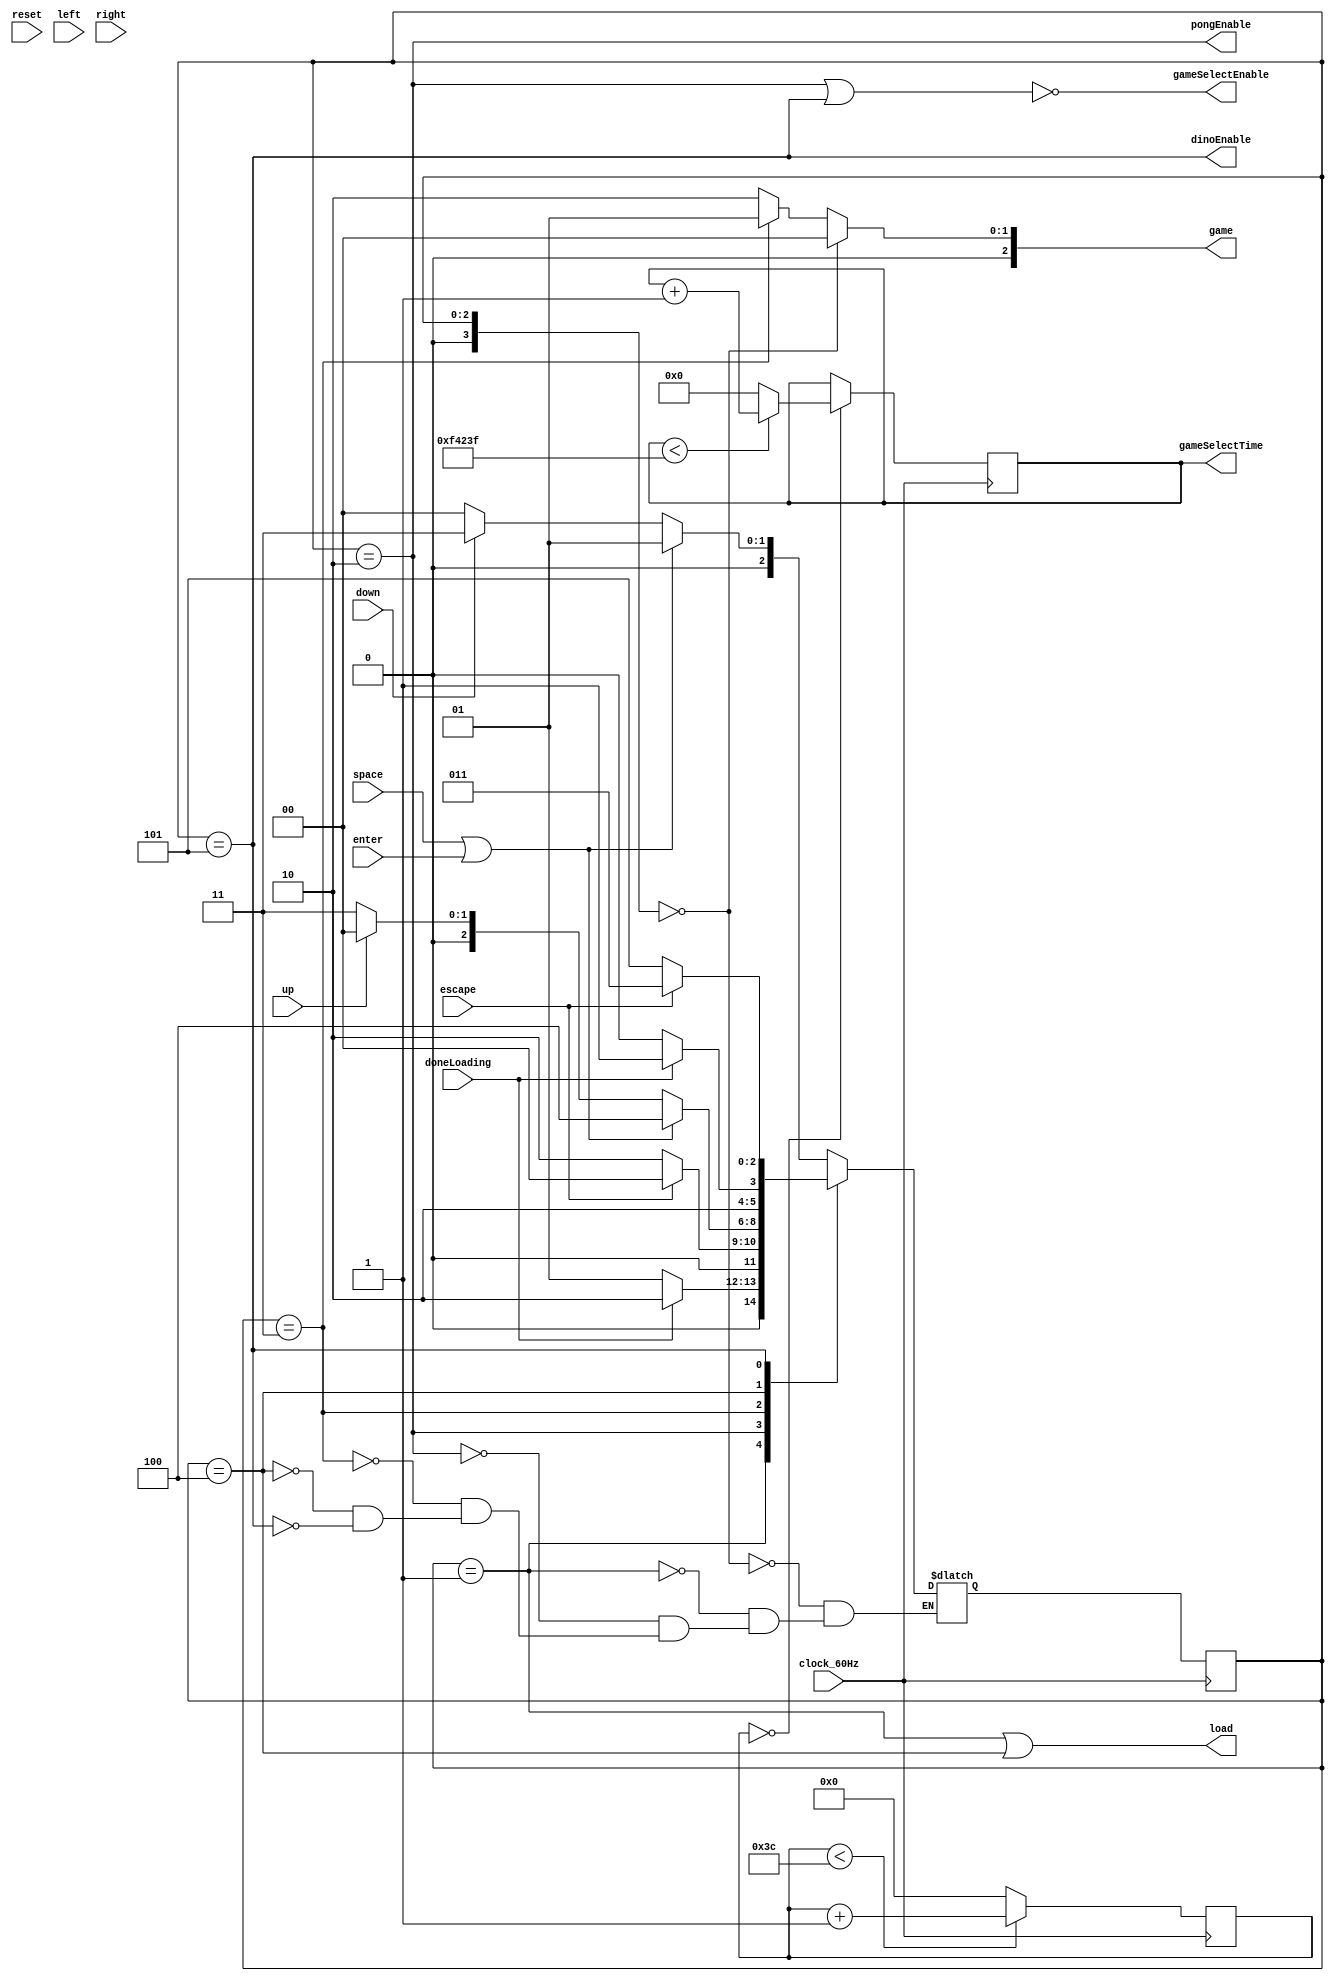
module GameSelect(input clock_60Hz, reset, doneLoading, escape, up, down, left, right, enter, space, output load, output gameSelectEnable, pongEnable, dinoEnable, output [2:0] game, output reg [19:0] gameSelectTime);
	/*
	States
	HOVER_PONG -> LOAD_PONG -> INGAME_DINO
		|
	HOVER_DINO -> LOAD_PONG -> INGAME_DINO
	*/
	localparam  HOVER_PONG = 3'd0;
	localparam   LOAD_PONG = 3'd1;
	localparam INGAME_PONG = 3'd2;
	localparam  HOVER_DINO = 3'd3;
	localparam   LOAD_DINO = 3'd4;
	localparam INGAME_DINO = 3'd5;
	
	reg [3:0] currentState, nextState;
	
	initial currentState = INGAME_DINO;
	initial    nextState = INGAME_DINO;
	always@(posedge clock_60Hz) begin
		currentState <= nextState;
	end
	always@(*) begin
		case (currentState)
			 HOVER_PONG : nextState <= (space || enter) ? LOAD_PONG : ((down) ? HOVER_DINO : HOVER_PONG);
			  LOAD_PONG : nextState <= (doneLoading) ? INGAME_PONG : LOAD_PONG;
			INGAME_PONG : nextState <= (escape) ? HOVER_PONG : INGAME_PONG;
			 HOVER_DINO : nextState <= (space || enter) ? LOAD_DINO : ((up) ? HOVER_PONG : HOVER_DINO);
			  LOAD_DINO : nextState <= (doneLoading) ? INGAME_DINO : LOAD_DINO;
			INGAME_DINO : nextState <= (escape) ? HOVER_DINO : INGAME_DINO;
		endcase
	end
	
	assign load = currentState == LOAD_PONG || currentState == LOAD_DINO;
	assign game = currentState == HOVER_PONG ? 0 : (currentState == HOVER_DINO ? 1 : 2);
	assign gameSelectEnable = !(pongEnable || dinoEnable);
	assign pongEnable = (currentState == INGAME_PONG);
	assign dinoEnable = (currentState == INGAME_DINO);

	initial gameSelectTime = 0;
	reg [5:0] counter = 0;
	always@ (posedge clock_60Hz) begin
		counter <= (counter < 60) ? counter + 1 : 0;
		gameSelectTime <= (!counter) ? (gameSelectTime < 999999 ? gameSelectTime + 1 : 0) : gameSelectTime;
	end
endmodule